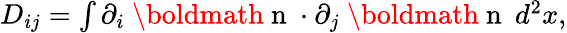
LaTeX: \begin{array}{r}{D_{ij}=\int\partial_{i}\mathrm{~\boldmath~n~}\cdot\partial_{j}\mathrm{~\boldmath~n~}\: d^{2}x,}\end{array}